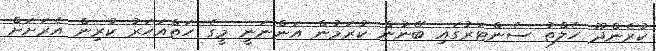
ކުރެންދޫ ހެލްތު ސެންޓަރުގައި ބޭނުން ކުރަމުން އަންނަނީ މީގެ ހަތްއަހަރު ކުރިން އެރަށަށް